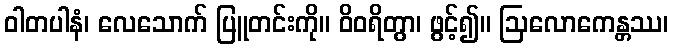
ဝါတပါနံ၊ လေသောက် ပြူတင်းကို။ ဝိဝရိတွာ၊ ဖွင့်၍။ ဩလောကေန္တဿ၊